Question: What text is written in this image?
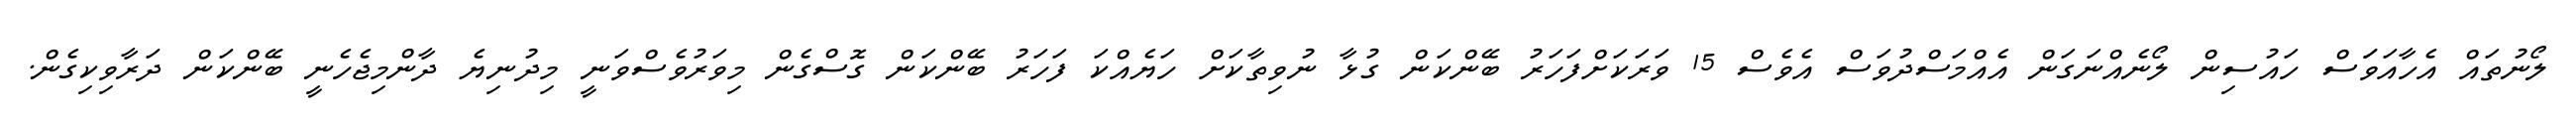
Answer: ލޯނުތައް އެހާއަވަަސް ހައުސިން ލޯނެއްނަގަން އެއްމަސްދުވަސް އެވެސް 15 ވަރަކަށްފަހަރު ބޭންކަން ގުޅާ ނުވިތާކަށް ހަޔެއްކަ ފަހަރު ބޭންކަން ގޮސްގެން މިވަރުވެސްވަނީ މިދުނިޔެ ދާންމިޖެހެނީ ބޭންކަން ދަރާވިކިގެން.